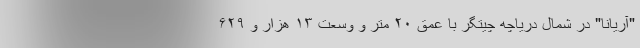
"آریانا" در شمال دریاچه چیتگر با عمق ۲۰ متر و وسعت ۱۳ هزار و ۶۲۹